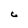
Character: C